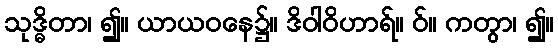
သုဒ္ဓိတာ၊ ၍။ ယာယဝနေ၌။ ဒိဝါဝိဟာရ်။ ဝ်။ ကတွာ၊ ၍။